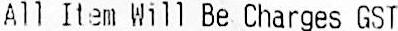
ALL ITEM WILL BE CHARGES GST